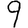
Digit: 9